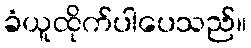
ခံယူထိုက်ပါပေသည်။